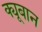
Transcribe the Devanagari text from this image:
क्यूबान